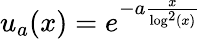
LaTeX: u_{a}(x)=e^{-a\frac{x}{\log^{2}(x)}}